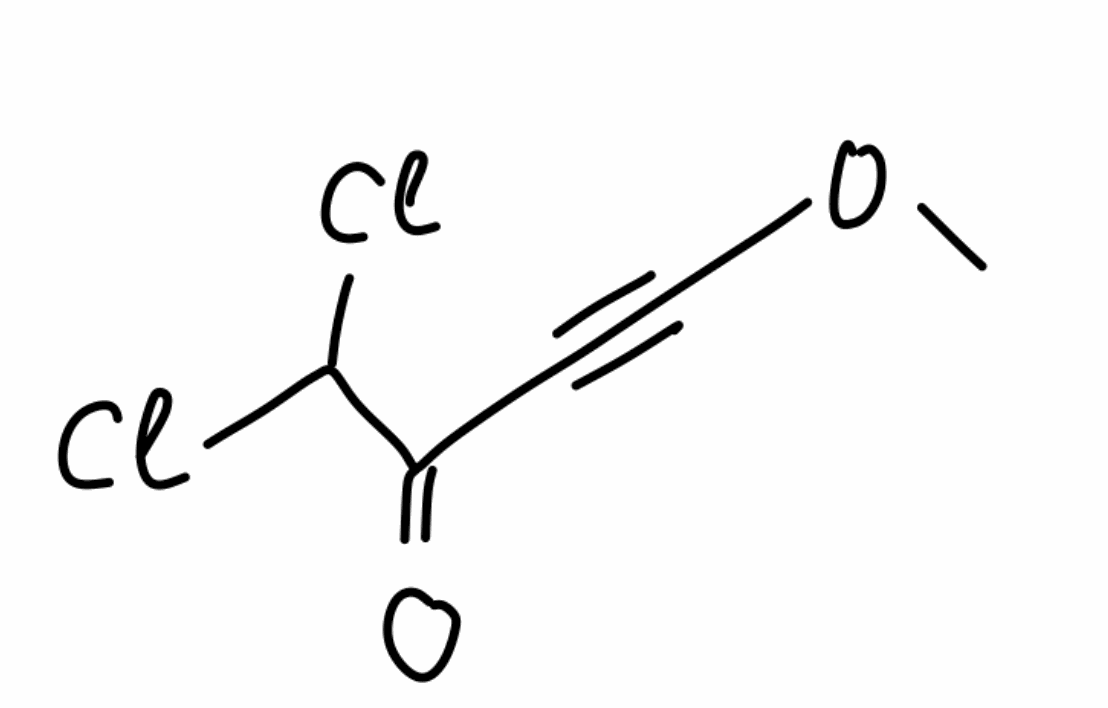
Simplified molecular-input line-entry system (SMILES) notation of the given molecule:
COC#CC(=O)C(Cl)Cl